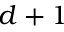
d + 1